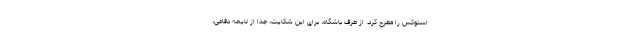
استوکس را مطرح کرد. از طرف باشگاه، برای این شکایت، جدا از لایحه دفاعی،